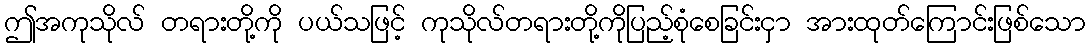
ဤအကုသိုလ် တရားတို့ကို ပယ်သဖြင့် ကုသိုလ်တရားတို့ကိုပြည့်စုံစေခြင်းငှာ အားထုတ်ကြောင်းဖြစ်သော